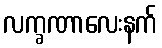
လက္ခဏာလေးနက်